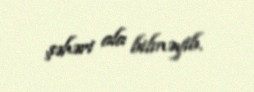
şəhəri ala bilməyib.